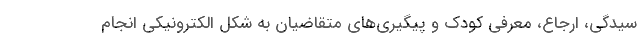
سیدگی، ارجاع، معرفی کودک و پیگیری‌های متقاضیان به شکل الکترونیکی انجام